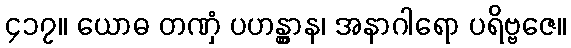
၄၁၇။ ယောဓ တဏှံ ပဟန္တွာန၊ အနာဂါရော ပရိဗ္ဗဇေ။